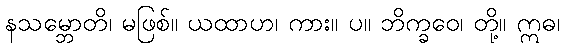
နသမ္ဘောတိ၊ မဖြစ်။ ယထာဟ၊ ကား။ ပ။ ဘိက္ခဝေ၊ တို့။ ဣဓ၊